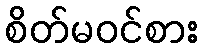
စိတ်မဝင်စား